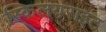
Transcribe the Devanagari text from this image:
स्किलयराइट